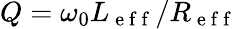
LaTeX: Q=\omega_{0}L_{\mathrm{~e~f~f~}}/R_{\mathrm{~e~f~f~}}